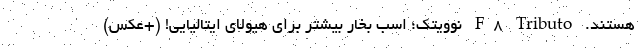
هستند. F8 Tributo نوویتک؛ اسب بخار بیشتر برای هیولای ایتالیایی! (+عکس)